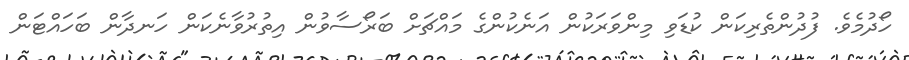
ހޯދުމެވެ. ފުދުންތެރިކަން ކުޑަވި މިންވަރަކުން އަނެކުންގެ މައްޗަށް ބަރޯސާވުން އިތުރުވާނެކަން ހަނދާން ބަހައްޓަން